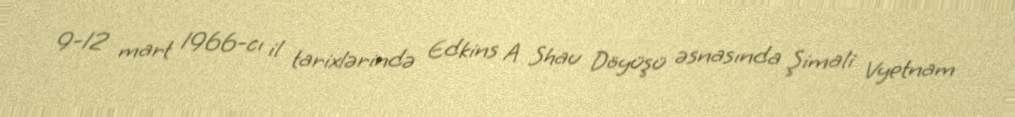
9-12 mart 1966-cı il tarixlərində Edkins A Shau Döyüşü əsnasında Şimali Vyetnam